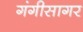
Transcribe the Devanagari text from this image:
गंगीसागर